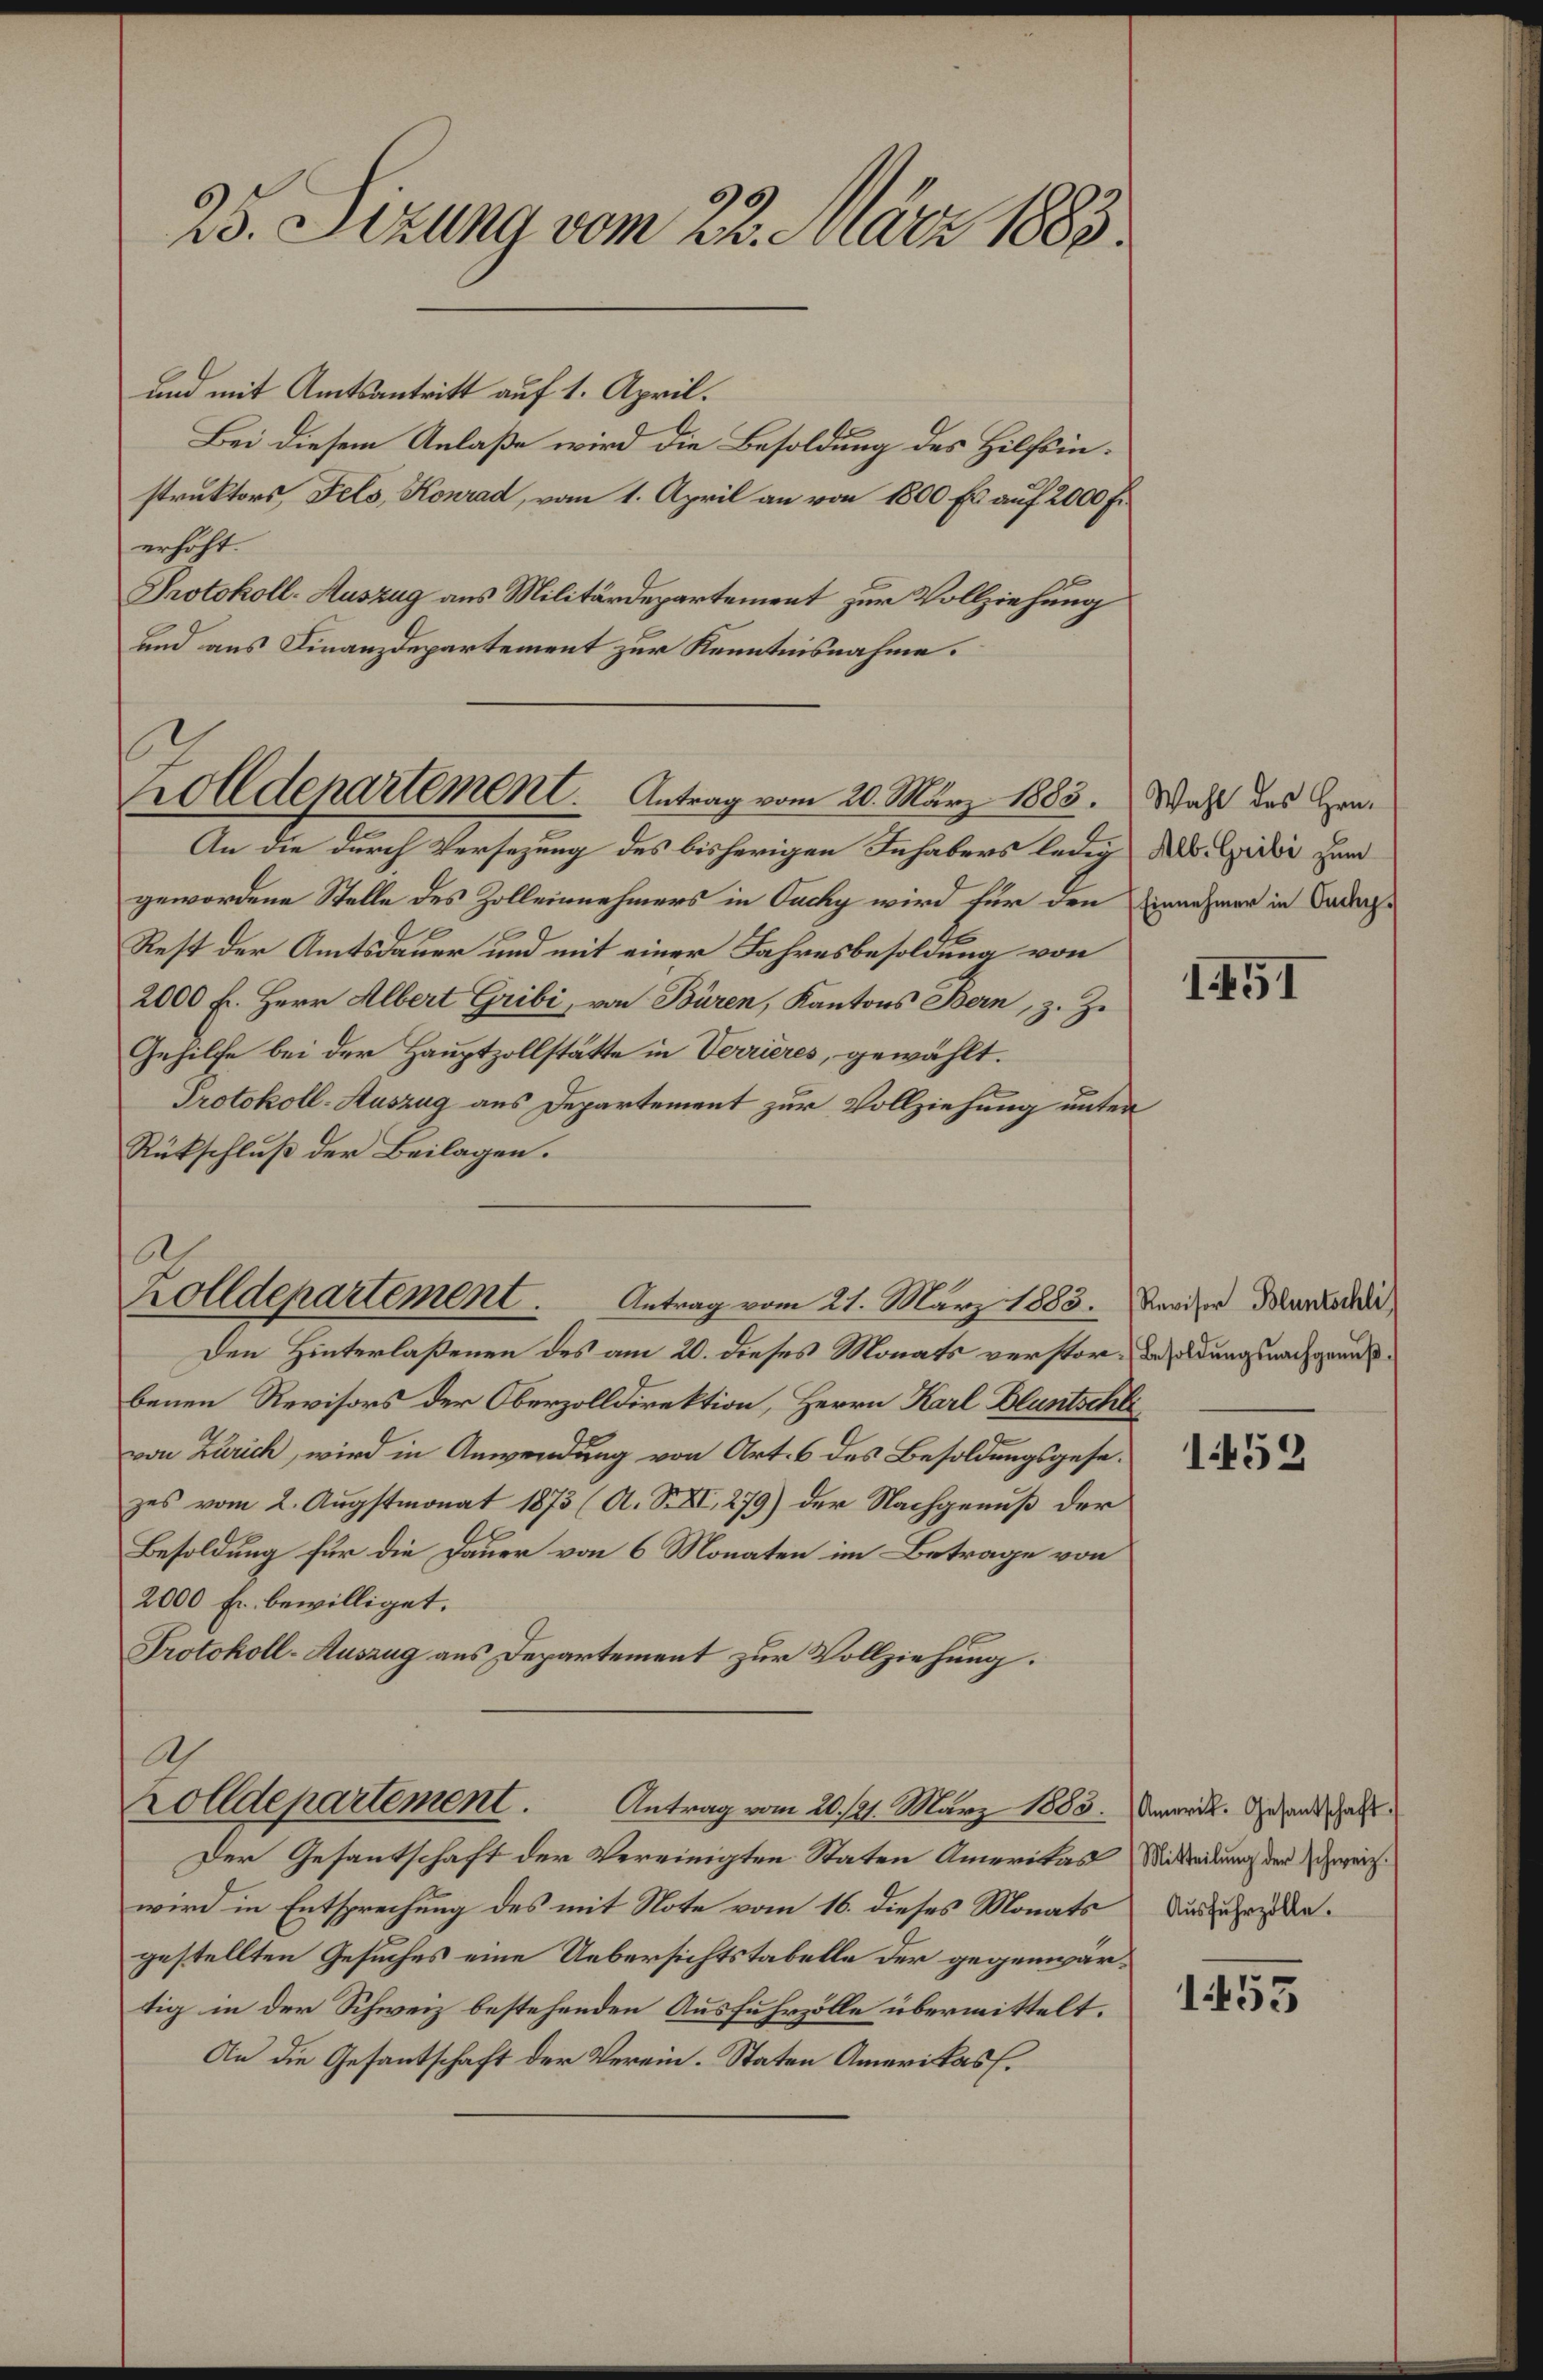
25. Sizung vom 22. März 1883.

und mit Amtsantritt auf 1. April.
Bei diesem Anlaße wird die Besoldung des Hilfsinstruktors, Fels, Konrad, vom 1. April an von 1800 Er auf 2000 Fr.
erhöht.
Protokoll-Auszug aus Militärdepartement zur Vollziehung
und aus Finanzdepartement zur Kenntnisnahme.
An die durch Versezung des bisherigen Inhabers ledig As. Giii Han
gewordene Stelle des Zolleinnehmers in Tuchy wird für den Einnehmer in Badeg¬
Rest der Amtsdauer und mit einer Jahresbesoldung von
2000 fl. Herr Albert Gribi, von Bären, Kantons Bern, z. Z.
Gehilfe bei der Hauptzollstätte in Verrieres, gewählt.
Protokoll-Auszug aus Departement zur Vollziehung unter
Rükschluß der Beilagen.
Den Hinterlaßenen des am 20. dieses Monats verstorbenen Revisors der Oberzolldirektion, Herrn Karl Bluntschli
von Zürich, wird in Anwendung von Art. 6 des Besoldungsgesezes vom 2. Augstmonat 1873 (A. S. XI, 279) der Nachgenuß der
Besoldung für die Dauer von 6 Monaten im Betrage von
2000 Fr. bewilliget.
Protokoll-Auszug aus Departement zur Vollziehung.
Ah
Zolldepartement. Antrag vom 20. 21. März 1885. Verwerde. Gesand al
Der Gesantschaft der Vereinigten Staten Amerikas Mitteilung der reichwird in Entsprechung des mit Note vom 16. dieses Monats
gestellten Gesuches eine Uebersichtstabelle der gegenwärtig in der Schweiz bestehenden Ausfuhrzölle übermittelt.
An die Gesantschaft der Verein. Staten Amerikass.

olldenartement. Antrag vom 20. März 1883. Wahl des Hon¬

A
Zolldepartement.
Antrag vom 21. März 1885. Revisor Bluntschli

1451

Besoldungsnachgenuß.

1452

Ausfuhrzolle.

1453